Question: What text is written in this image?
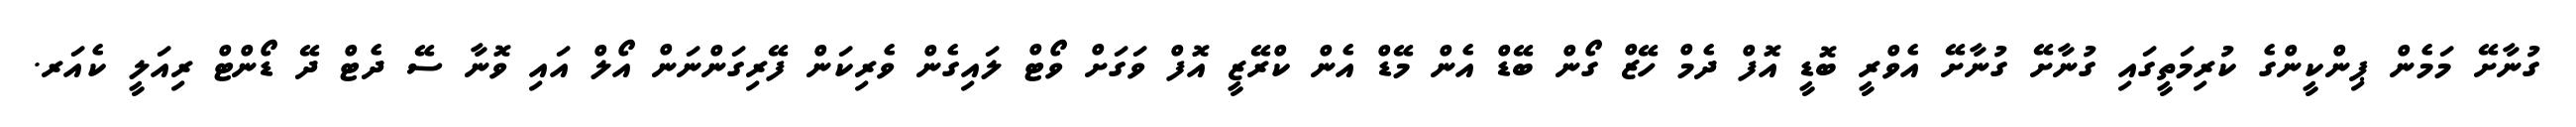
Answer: ގުނާށޭ މަމެން ޕިންކީންގެ ކުރިމަތީގައި ގުނާށޭ ގުނާށޭ އެވްރީ ބޮޑީ އޮފް ދެމް ހޭޒް ގޯން ބޭޑް އެން މޭޑް އެން ކްރޭޒީ އޮފް ވަގަށް ވޯޓް ލައިގެން ވެރިކަން ފޭރިގަންނަން އޯލް އައި ވޮނާ ސޭ ދެޓް ދޭ ޑޯންޓް ރިއަލީ ކެއަރ.